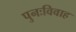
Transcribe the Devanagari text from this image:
पुनःविवाह